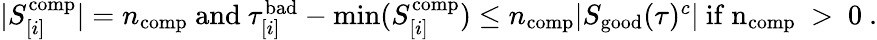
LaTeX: \begin{array}{r}{|S_{[i]}^{\mathrm{comp}}|=n_{\mathrm{comp}}\mathrm{~and~}\tau_{[i]}^{\mathrm{bad}}-\operatorname*{min}(S_{[i]}^{\mathrm{comp}})\leq n_{\mathrm{comp}}|S_{\mathrm{good}}(\tau)^{c}|\mathrm{~if~n_{\mathrm{comp}}~>~0~.}}\end{array}